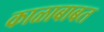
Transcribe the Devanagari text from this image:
काळाबाबत